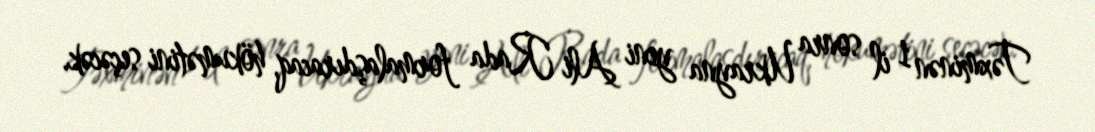
Təxminən 1 il sonra Ukrayna yeni Ali Rada formalaşdıracaq, hökumətini seçəcək.